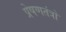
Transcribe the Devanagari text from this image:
प्रेषणतंत्रों